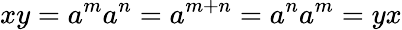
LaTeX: xy=a^{m}a^{n}=a^{m+n}=a^{n}a^{m}=yx